Civil Veterinary Dept. Bombay admin report 1914-1922 - 1914-1922
Year: 1914
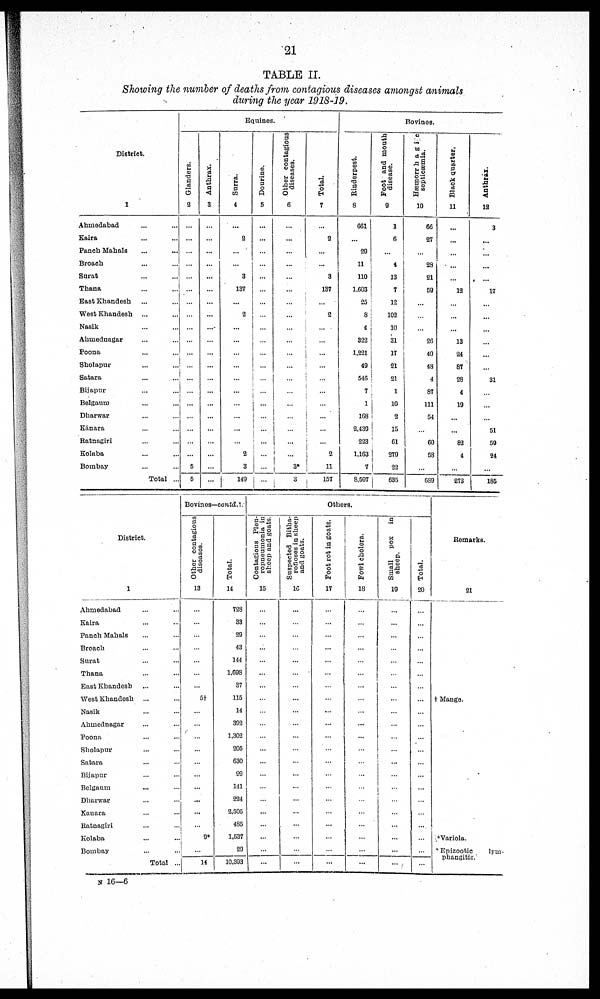
21
TABLE II.
Showing the number of deaths from contagious diseases amongst animals
during the year 1918-19.
District.
1
Ahmedabad
...
....
Kaira
...
...
Panch Mahals ... ...
Broach
... ...
Surat ... ...
Thana
... ...
East Khandesh
... ...
West Khandesh ... ...
Nasik ... ...
Ahmednagar ... ...
Poona ... ...
Sholapur ... ...
Satara ... ...
Bijapur ... ...
Belgaum ... ...
Dharwar ... ...
Kanara ... ...
Ratnagiri ... ...
Kolaba ... ...
Bombay … …
Total ...
Equines.
Glanders.
2
...
...
...
...
...
...
...
...
...
...
...
...
...
…
...
...
...
…
…
5
5
Anthrax.
3
...
…
…
…
…
…
…
…
…
…
…
…
…
…
…
…
…
…
…
…
…
Surra.
4
…
2
...
…
3
137
…
2
...
…
…
…
…
…
…
…
…
…
2
3
149
Dourine.
5
…
…
...
…
...
…
…
…
…
…
…
…
…
…
…
…
…
…
…
…
…
Other contagious
diseases.
6
…
…
…
…
…
...
...
…
...
...
...
...
...
…
…
...
...
...
…
3•
3
Total.
7
…
2
…
…
3
137
…
2
…
…
…
…
…
…
…
…
…
…
2
11
157
Bovines.
Rinderpest.
8
661
…
29
11
110
1,603
25
8
4
322
1.221
49
546
7
1
168
2,439
223
1,163
7
8,597
Foot and mouth
disease.
9
1
6
...
4
13
7
12
102
10
31
17
21
21
1
10
2
15
61
279
22
635
Hæmrrhagic
Hæmorrhagic
septicæmia.
10
66
27
…
28
21
59
...
...
...
26
40
48
4
87
111
54
...
60
53
…
689
Black Quarter.
11
…
…
…
…
…
12
…
…
…
13
24
87
28
4
19
…
…
83
4
…
273
Anthrax.
12
3
...
…
…
…
17
…
…
…
…
…
…
31
…
…
…
51
59
24
…
185
District.
1
Ahmedabad … …
Kaira ... ...
Panch Mahals ... ...
Broach … …
Surat ... ...
Thana ... ...
East Khandesh ... ...
West Khandesh ... ...
Nasik ... ...
Ahmednagar ... ...
Poona ... ...
Sholapur ... ...
Satara ... ...
Bijapur ... ...
Belgaum ... ...
Dharwar ... ...
Kanara ... ...
Ratnagiri ... ...
Kolaba ... ...
Bombay ... ...
Total ...
Bovines—contd.
Other contagious
diseases.
13
…
…
…
…
…
…
…
54
...
…
…
…
…
…
…
…
…
…
9*
…
14
Total.
14
728
33
29
43
144
1,698
37
115
14
392
1,302
205
630
99
141
224
2,505
485
1,537
29
10,393
Others.
Contagious Pleu-
ropneumonia in
sheep and gouts.
15
...
...
...
...
...
...
...
...
...
...
...
…
…
...
...
...
...
...
...
...
...
Suspected Bitha-
rofioses
in sheep
and goats.
16
...
…
...
…
...
...
...
...
...
...
...
…
...
...
...
...
...
...
...
...
...
Foot rot in goats.
17
…
…
…
…
…
…
…
…
…
…
...
…
…
...
...
…
...
…
…
…
...
Fowl cholera.
18
…
…
…
…
…
...
...
…
…
…
…
…
…
…
…
…
…
…
…
...
…
Small
pox in
sheep.
19
…
…
…
…
…
...
...
...
...
...
…
…
…
…
…
…
…
…
…
…
…
Total.
20
…
…
…
…
…
…
…
…
…
…
…
…
…
...
…
…
…
…
…
…
…
Remarks.
21
† Mango.
† Variola.
* Epizootic
lym-
phangitis.
N 16—6